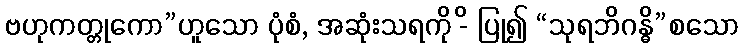
ဗဟုကတ္တုကော”ဟူသော ပုံစံ, အဆုံးသရကို -ိ ပြု၍ “သုရဘိဂန္ဓိ”စသော